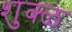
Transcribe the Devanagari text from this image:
शुक्ळ